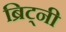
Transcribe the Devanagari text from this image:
ब्रिट्नी